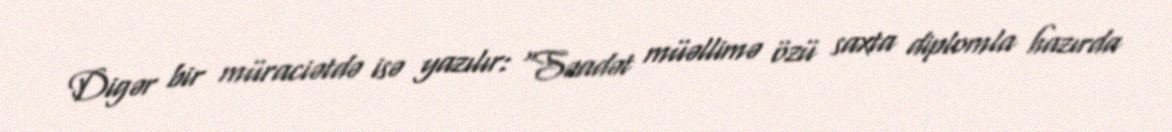
Digər bir müraciətdə isə yazılır: “Səadət müəllimə özü saxta diplomla hazırda